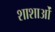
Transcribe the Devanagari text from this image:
शाशाओं